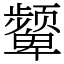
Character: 颦